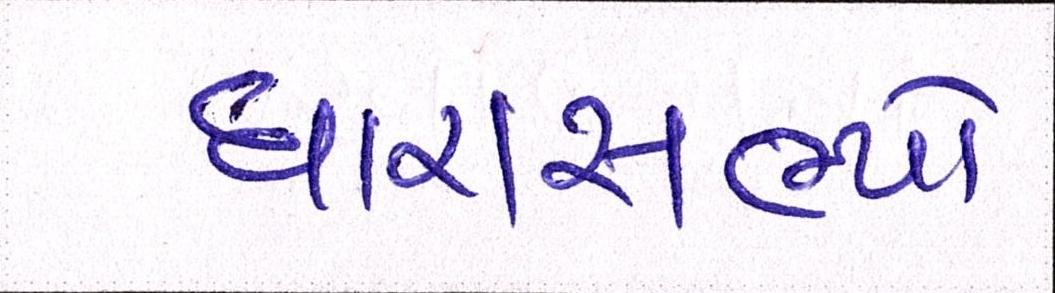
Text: ધારાસભ્યો